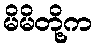
မိမိတို့က